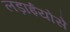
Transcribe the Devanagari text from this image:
लड़ाईयोंसे